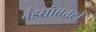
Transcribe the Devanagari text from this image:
बँडसोबतही